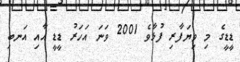
ޑީޑީގެ މި ވިޔަފާރި ފުޅާވެ 2001 ވަނަ އަހަރު ޑީޑީ އާއި އަނބި